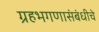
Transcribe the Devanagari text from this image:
ग्रहभगणासंबंधीचे